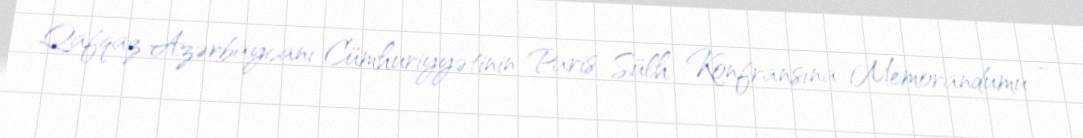
Qafqaz Azərbaycanı Cümhuriyyətinin Paris Sülh Konfransına Memorandumu —